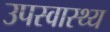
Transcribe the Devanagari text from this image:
उपस्‍वास्‍थ्‍य